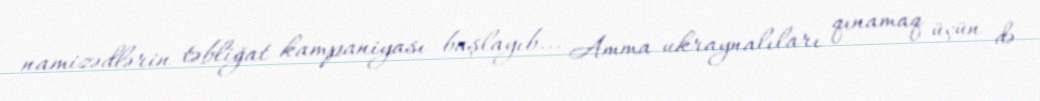
namizədlərin təbliğat kampaniyası başlayıb... Amma ukraynalıları qınamaq üçün də